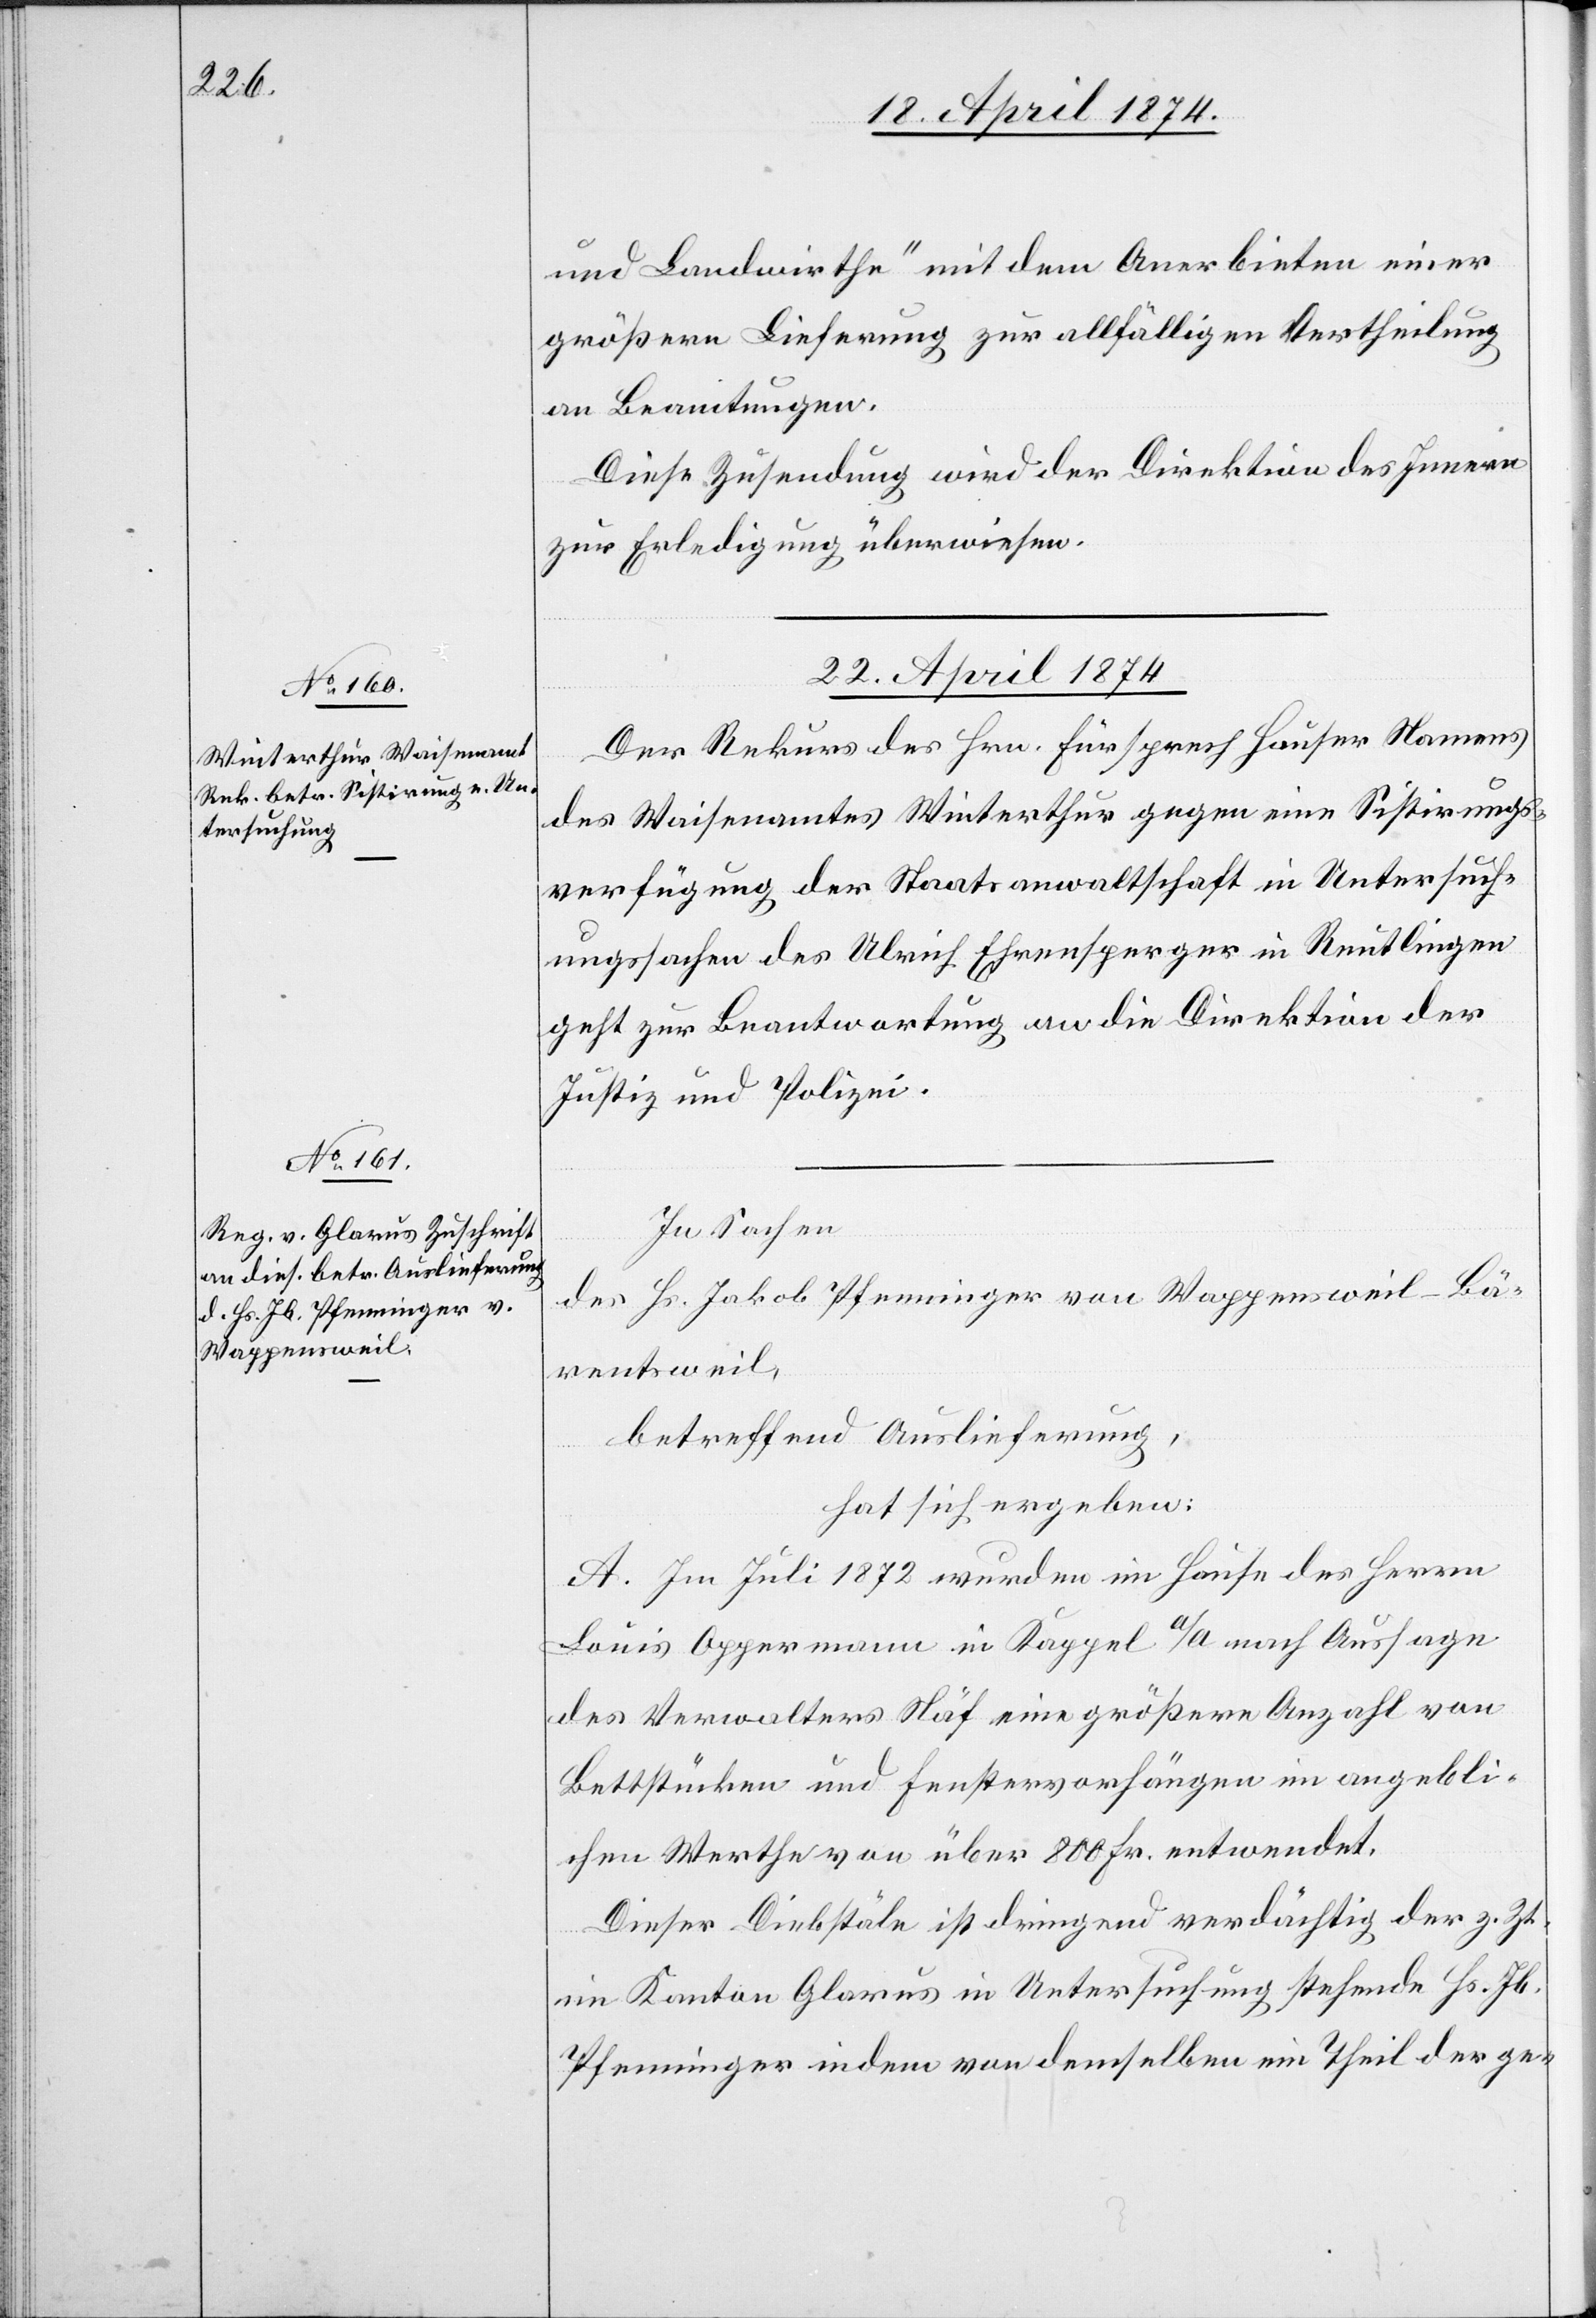
und Landwirthe“ mit dem Anerbieten einer
größern Lieferung zur allfälligen Vertheilung
an Beamtungen.
Diese Zusendung wird der Direktion des Innern
zur Erledigung überweisen.
22. April 1874.]
Der Rekurs des Hrn. Fürsprech Hauser Namens
des Waisenamtes Winterthur gegen eine Sistirungs¬
verfügung der Staatsanwaltschaft in Untersuch¬
ungssachen des Ulrich Ehrensperger in Reutlingen
geht zur Beantwortung an die Direktion der
Justiz und Polizei.
In Sachen
des Hs. Jakob Pfenninger von Wappensweil-Bä¬
rentsweil,
betreffend Auslieferung,
hat sich ergeben:
A. Im Juli 1872 wurden im Hause des Herrn
Louis Oppermann in Kappel a/A nach Aussage
des Verwalters Näf eine größere Anzahl von
Bettstücken und Fenstervorhängen im angebli¬
chen Werthe von über 800 Fr. entwendet.
Dieser Diebstäle ist dringend verdächtig der z. Zt.
im Kanton Glarus in Untersuchung stehende Hs. Jb.
Pfenninger in dem von demselben ein Theil der ge-